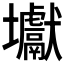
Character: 𡔎